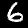
Label: 6